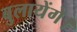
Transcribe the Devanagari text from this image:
बुलायेंगे।